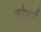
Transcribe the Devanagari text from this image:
शोपर्ड